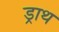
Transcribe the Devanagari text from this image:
ड्राथ